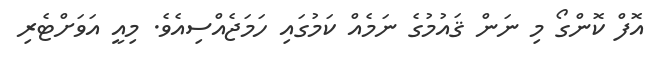
އޮފް ކޮންގޯ މި ނަން ޤައުމުގެ ނަމެއް ކަމުގައި ހަމަޖެއްސިއެވެ. މިއީ އަވަށްޓެރި